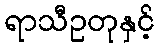
ရာသီဥတုနှင့်